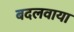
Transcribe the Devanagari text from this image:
बदलवाया